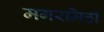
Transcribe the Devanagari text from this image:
मगरमिठी